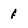
Character: f